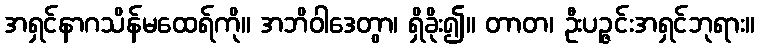
အရှင်နာဂသိန်မထေရ်ကို။ အဘိဝါဒေတွာ၊ ရှိခိုး၍။ တာတ၊ ဦးပဉ္ဇင်းအရှင်ဘုရား။